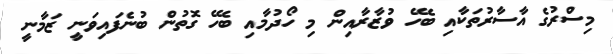
މިސްރުގެ އާސާރުތަކާއި ބެހޭ ވުޒާރާއިން މި ހޯދުމާއި ބެހޭ ގޮތުން ބުނެފައިވަނީ ޒަމާނީ